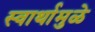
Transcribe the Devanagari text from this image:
स्वार्थामुळे